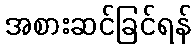
အစားဆင်ခြင်ရန်